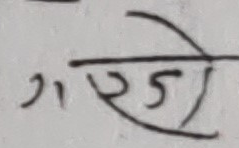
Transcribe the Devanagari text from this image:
गर्जे